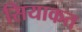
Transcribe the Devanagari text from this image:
सियाकत